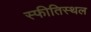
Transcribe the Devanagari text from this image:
स्फीतिस्थल